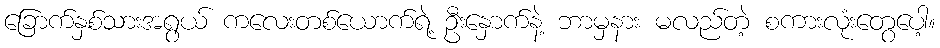
ခြောက်နှစ်သားအရွယ် ကလေးတစ်ယောက်ရဲ့ ဦးနှောက်နဲ့ ဘာမှနား မလည်တဲ့ စကားလုံးတွေပေါ့။